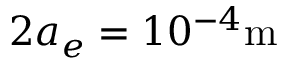
2 a _ { e } = 1 0 ^ { - 4 } \mathrm { m }